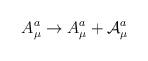
LaTeX: \begin{align*}A_\mu^a\rightarrow A_\mu^a+\mathcal{A}_\mu^a\end{align*}